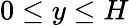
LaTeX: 0\le y\le H